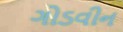
ગોડવીન